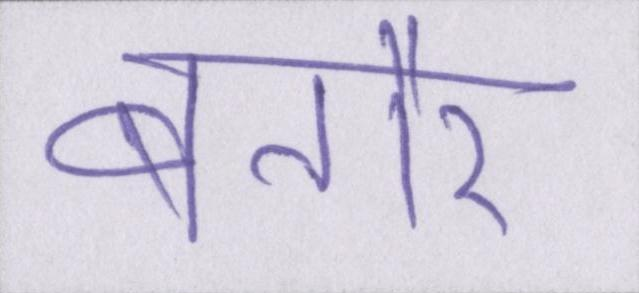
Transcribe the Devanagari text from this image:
बतौर